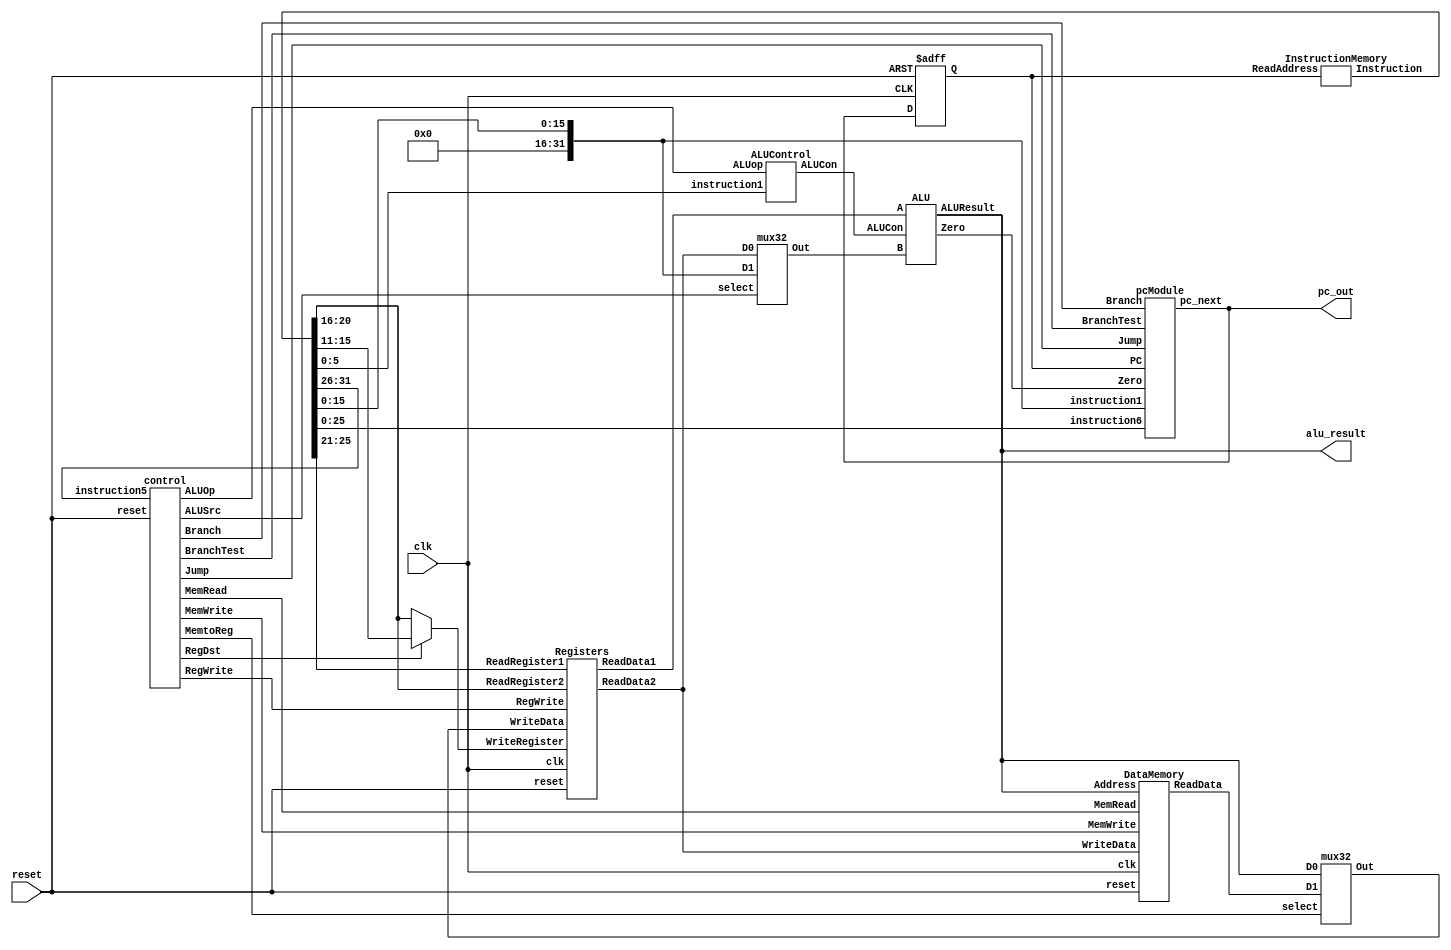
module mipsFull(input clk,reset,output[31:0] pc_out, alu_result);
	
	
	reg [31:0] PC;
	wire [31:0] pc_next,signExOut;
	wire [31:0] Instruction,WriteData,ReadData1,ReadData2,ALUin,ALUResult,MemoryData;
	wire RegDst,Branch,BranchTest,MemRead,Jump,MemtoReg,MemWrite,ALUSrc,RegWrite,zero;
	wire [1:0] ALUOp;
	wire [3:0] ALUCon;
	wire [4:0] WriteRegister;
	
	always @(posedge clk or posedge reset)  
	 begin   
		  if(reset)   
			   PC <= 0;  
		  else  
			   PC <= pc_next;  
	 end
	
	//calling ROM module;
	InstructionMemory InstructionMemory1(.ReadAddress(PC),.Instruction(Instruction));
	
	//calling Control module;
	control control1(.reset(reset),.instruction5(Instruction[31:26]),.RegDst(RegDst),.Branch(Branch),
						.Jump(Jump),.MemRead(MemRead),.MemtoReg(MemtoReg),.ALUOp(ALUOp),
						.MemWrite(MemWrite),.ALUSrc(ALUSrc),.RegWrite(RegWrite),.BranchTest(BranchTest));
	
	//if R type operation, RegDest is 1 and destination register is assigned, else the second operand register is assigned
	assign WriteRegister=RegDst?Instruction[15:11]:Instruction[20:16];
	
	//calling Registers module		
	Registers registers1(.clk(clk),.ReadRegister1(Instruction[25:21]),.ReadRegister2(Instruction[20:16]),
						.WriteRegister(WriteRegister),.WriteData(WriteData),.ReadData1(ReadData1),
						.ReadData2(ReadData2),.RegWrite(RegWrite),.reset(reset));
	
	//calling ALUControl module
	ALUControl ALUControl1(.instruction1(Instruction[5:0]),.ALUop(ALUOp),.ALUCon(ALUCon));
	
	//sign extending for I and L type operations to convert 16 bit offset/constant to 32 bits
	assign signExOut={{16{1'b0}},Instruction[15:0]};
	
	//2-to-1 mus following the Register module, for Branch and L type operations
	mux32 mux32ALU(.D0(ReadData2),.D1(signExOut),.select(ALUSrc),.Out(ALUin));
	
	//calling ALU module
	ALU ALU1(.A(ReadData1),.B(ALUin),.ALUCon(ALUCon),.Zero(zero),.ALUResult(ALUResult));
	
	//calling DataMemory module for L type operation
	DataMemory DataMemory1(.clk(clk),.Address(ALUResult),.WriteData(ReadData2),.ReadData(MemoryData),
							.MemRead(MemRead),.MemWrite(MemWrite),.reset(reset));
							
	//2-to-1 mux following the DataMemory module, chooses either ALUResult or data from Memory
	mux32 mux32DataMem(.D0(ALUResult),.D1(MemoryData),.select(MemtoReg),.Out(WriteData));
	
	//calling PCModule
	pcModule pcModule1(.Zero(zero),.Branch(Branch),.BranchTest(BranchTest),.Jump(Jump),.PC(PC),.instruction1(signExOut),.instruction6(Instruction[25:0]),.pc_next(pc_next));
	
	//assigning outputs
	assign pc_out=pc_next;
	assign alu_result=ALUResult;

endmodule 

//ALU module 
module ALU(A,B,ALUCon,Zero,ALUResult);
	
	input [31:0] A,B;
	input [3:0] ALUCon;
	
	output reg [31:0] ALUResult;
	output reg Zero;
	
	always@(*)
	begin
		case(ALUCon)
			4'b0010: ALUResult=A+B;
			4'b0110: ALUResult=A-B;
			4'b0000: ALUResult=A & B;
			4'b0001: ALUResult=A | B;
			4'b0111: ALUResult=(A<B);
			4'b0011: ALUResult=~(A | B);
			default: ALUResult=A+B;
		endcase 
		Zero =(ALUResult==0);	
	end
endmodule 

//Register module
module Registers(clk,ReadRegister1,ReadRegister2,WriteRegister,WriteData,ReadData1,ReadData2,RegWrite,reset);
	
	input [4:0] ReadRegister1,ReadRegister2,WriteRegister;
	input [31:0] WriteData;
	input RegWrite,reset,clk;
	
	output [31:0] ReadData1,ReadData2;
	
	reg [31:0] regBank [8:0]; //defined only 9 registers, $t0 to $t8, each 32 bits as per specifications
	integer i;
	
	always@ (posedge clk)
	begin
	if(reset) 
		for(i=0;i<9;i=i+1)  
			regBank[i] <= 0; //initializes each register to zero @reset
    else
    	begin
		if(RegWrite) //if we need to write to register
			regBank[WriteRegister]<=WriteData;
		end
	end
	
	assign ReadData1=regBank[ReadRegister1]; //assigning values of the register banks as per the given adresses to outputs
	assign ReadData2=regBank[ReadRegister2];
	
endmodule 


//DataMemory module
module DataMemory(clk,Address,WriteData,ReadData,MemRead,MemWrite,reset);
	
	input[31:0] Address,WriteData;
	input MemRead,MemWrite,reset,clk;
	
	output reg [31:0] ReadData;
	
	integer i;  
	reg [31:0] ram [7:0]; //declaring 32 bit 8 ram cells
    wire [2:0] ramAddress = Address[2:0]; //3 bit adressing system
	
	always@(posedge clk)
	begin
		if(reset)
		begin 
		   	for(i=0;i<8;i=i+1)
		        ram[i] <=0; //initializes each value to zero
		end
		else 
		begin
			if(MemWrite)
				ram[ramAddress] <= WriteData; //writes to memory if MemWrite is 1
		end
		ReadData = (MemRead==1'b1) ? ram[ramAddress]:0; //outputs data from memory if MemRead is 1
	end
				
endmodule

//InstructionMemory module
module InstructionMemory(ReadAddress,Instruction);
	
	input[31:0] ReadAddress;
	
	output reg [31:0] Instruction;
    
    reg [31:0] rom [15:0]; //declaring only 16 rom cells
    
    wire [3:0] romAddress = ReadAddress[5:2]; //since PC output is in multiples of 4, the 2 LSB's are zero and
											//  we only need 4 bit to address all 16 rom cells
											//  so we only need ReadAddress[5:2]
      initial
      begin //loading the converted machine code for instruction set-1 into the memory
		rom[1]=32'hA0210000;
		rom[2]=32'hA0420001;
		rom[3]=32'hA0630000;
		rom[4]=32'hA0840014;
		rom[5]=32'h222820;
		rom[6]=32'hA0410000;
		rom[7]=32'hA0A20000;
		rom[8]=32'hA0630002;
		rom[9]=32'h10640001;
		rom[10]=32'h98000005;
		rom[11]=32'hAC850005;
		rom[12]=32'h85302A;
		rom[13]=32'b00000000000000000000000000000000;
		rom[14]=32'b00000000000000000000000000000000;
		rom[15]=32'b00000000000000000000000000000000;
		rom[0]=32'b00000000000000000000000000000000;  
      end 
	
	always@(* )
		Instruction<=rom[romAddress]; 
				
endmodule 

//32bit MUX module
module mux32(D0,D1,select,Out);
	
	input [31:0]D0,D1;
	input select;
	
	output reg [31:0] Out;
	
	always@(*)
		if(select)
			Out<=D1;
		else 
			Out<=D0;
endmodule

//PC module
module pcModule(input Zero,Branch,BranchTest,Jump,input [31:0]PC,instruction1,
				input[25:0] instruction6,output [31:0]pc_next);
		wire [31:0] pc2,pc3,pc4,pc5,pc;
		wire pc6;
		
		assign pc4=PC+4;
		assign pc5=pc4+(instruction1<<2);
		assign pc2={pc4[31:28],instruction6[25:0],{2{1'b0}}};
		assign pc6=(BranchTest^Zero) & Branch;
		mux32 m2(pc4,pc5,pc6,pc3);
		mux32 m1(pc3,pc2,Jump,pc_next);
endmodule 

//ALUControl module
module ALUControl(instruction1,ALUop,ALUCon);

	input [5:0] instruction1; //lower 6 bits (function) from instruction
	input [1:0]ALUop;	//output from Control module
	
	output reg [3:0] ALUCon; //outputs ALUCon for ALU module
	
	wire [7:0] ALUControlIn;  
	assign ALUControlIn = {ALUop,instruction1};
	
	always@(*)
	begin
		casex(ALUControlIn)
			8'b10100000: ALUCon=4'b0010;//ADD
			8'b10100010: ALUCon=4'b0110;//SUB
			8'b10100100: ALUCon=4'b0000;//AND
			8'b10100101: ALUCon=4'b0001;//OR
			8'b10101010: ALUCon=4'b0111;//SLT
			8'b10101111: ALUCon=4'b0011;//NOR
			8'b01xxxxxx: ALUCon=4'b0110;//BEQ & BNE
			8'b00xxxxxx: ALUCon=4'b0010;//lw sw jmp addi
			default: ALUCon=4'b0010;
		endcase
	end
	
endmodule 

//Control module
module control(reset,instruction5,RegDst,Branch,Jump,MemRead,MemtoReg,
				ALUOp,MemWrite,ALUSrc,RegWrite,BranchTest);
	input reset;
	input [5:0] instruction5;
	
	output reg RegDst,Branch,BranchTest,MemRead,Jump,MemtoReg,MemWrite,ALUSrc,RegWrite;
	output reg [1:0] ALUOp;
	
	always@(*)
	begin
		if(reset)
		  begin  
				RegDst=0;
				Branch=0;
				Jump=0;
				BranchTest=0;
				MemRead=0;
				MemtoReg=0;
				ALUOp=0;
				MemWrite=0;
				ALUSrc=0;
				RegWrite=0;	 
		  end  
		  else begin  
			  case(instruction5)
				6'b000000:begin	//instruction for R-format instruction opcode 000000
					RegDst=1;
					Branch=0;
					Jump=0;
					BranchTest=0;
					MemRead=0;
					MemtoReg=0;
					ALUOp=2'b10;
					MemWrite=0;
					ALUSrc=0;
					RegWrite=1;
				end
				6'b100011:begin	//instruction for lw 
					RegDst=0;
					Branch=0;
					Jump=0;
					BranchTest=0;
					MemRead=1;
					MemtoReg=1;
					ALUOp=2'b00;
					MemWrite=0;
					ALUSrc=1;
					RegWrite=1;
				end
				6'b101011:begin	//instruction for sw
					RegDst=0;
					Branch=0;
					Jump=0;
					BranchTest=0;
					MemRead=0;
					MemtoReg=0;
					ALUOp=2'b00;
					MemWrite=1;
					ALUSrc=1;
					RegWrite=0;	
				end
				6'b101000:begin	//instruction for addi
					RegDst=0;
					Branch=0;
					Jump=0;
					BranchTest=0;
					MemRead=0;
					MemtoReg=0;
					ALUOp=2'b00;
					MemWrite=0;
					ALUSrc=1;
					RegWrite=1;	
				end
				6'b100110:begin	//instruction for jump
					RegDst=0;
					Branch=0;
					Jump=1;
					BranchTest=0;
					MemRead=0;
					MemtoReg=0;
					ALUOp=0;
					MemWrite=0;
					ALUSrc=0;
					RegWrite=0;	
				end
				6'b000100:begin	//instruction for Beq
					RegDst=0;
					Branch=1;
					Jump=0;
					BranchTest=0;
					MemRead=0;
					MemtoReg=0;
					ALUOp=2'b01;
					MemWrite=0;
					ALUSrc=0;
					RegWrite=0;	
				end
				6'b000110:begin	//instruction for Bne
					RegDst=0;
					Branch=1;
					Jump=0;
					BranchTest=1;
					MemRead=0;
					MemtoReg=0;
					ALUOp=2'b01;
					MemWrite=0;
					ALUSrc=0;
					RegWrite=0;	
				end
				default :begin
					RegDst=0;
					Branch=0;
					Jump=0;
					MemRead=0;
					MemtoReg=0;
					ALUOp=0;
					MemWrite=0;
					ALUSrc=0;
					RegWrite=0;
				end
			endcase
		end
	end
endmodule